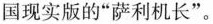
国现实版的”萨利机长”。